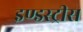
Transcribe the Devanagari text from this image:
इण्डस्ट्रीस